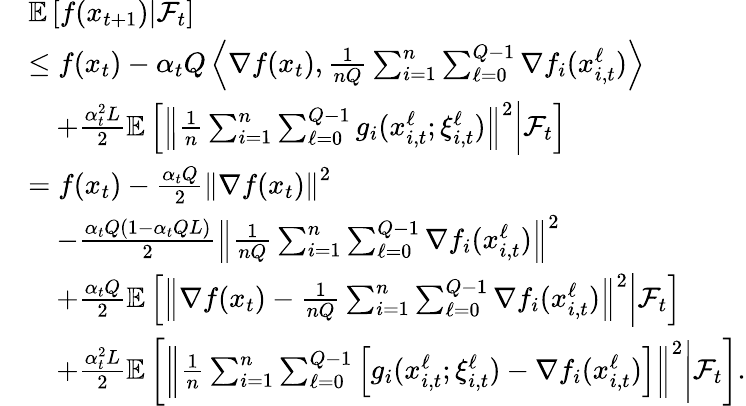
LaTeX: \begin{array}{rl}&{\mathbb{E}\left[f(x_{t+1})\middle|\mathcal{F}_{t}\right]}\\ &{\leq f(x_{t})-\alpha_{t}Q\left\langle\nabla f(x_{t}),\frac{1}{nQ}\sum_{i=1}^{n}\sum_{\ell=0}^{Q-1}\nabla f_{i}(x_{i,t}^{\ell})\right\rangle}\\ &{\quad+\frac{\alpha_{t}^{2}L}{2}\mathbb{E}\left[\left\Vert\frac{1}{n}\sum_{i=1}^{n}\sum_{\ell=0}^{Q-1}g_{i}(x_{i,t}^{\ell};\xi_{i,t}^{\ell})\right\Vert^{2}\middle|\mathcal{F}_{t}\right]}\\ &{=f(x_{t})-\frac{\alpha_{t}Q}{2}\left\Vert\nabla f(x_{t})\right\Vert^{2}}\\ &{\quad-\frac{\alpha_{t}Q(1-\alpha_{t}QL)}{2}\left\Vert\frac{1}{nQ}\sum_{i=1}^{n}\sum_{\ell=0}^{Q-1}\nabla f_{i}(x_{i,t}^{\ell})\right\Vert^{2}}\\ &{\quad+\frac{\alpha_{t}Q}{2}\mathbb{E}\left[\left\Vert\nabla f(x_{t})-\frac{1}{nQ}\sum_{i=1}^{n}\sum_{\ell=0}^{Q-1}\nabla f_{i}(x_{i,t}^{\ell})\right\Vert^{2}\middle|\mathcal{F}_{t}\right]}\\ &{\quad+\frac{\alpha_{t}^{2}L}{2}\mathbb{E}\left[\left\Vert\frac{1}{n}\sum_{i=1}^{n}\sum_{\ell=0}^{Q-1}\left[g_{i}(x_{i,t}^{\ell};\xi_{i,t}^{\ell})-\nabla f_{i}(x_{i,t}^{\ell})\right]\right\Vert^{2}\middle|\mathcal{F}_{t}\right].}\end{array}